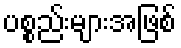
ပစ္စည်းများအဖြစ်